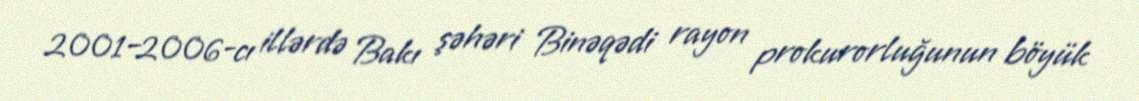
2001–2006-cı illərdə Bakı şəhəri Binəqədi rayon prokurorluğunun böyük